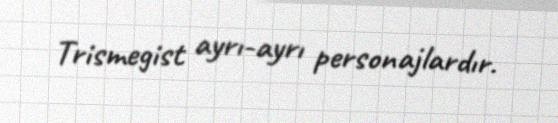
Trismegist ayrı-ayrı personajlardır.